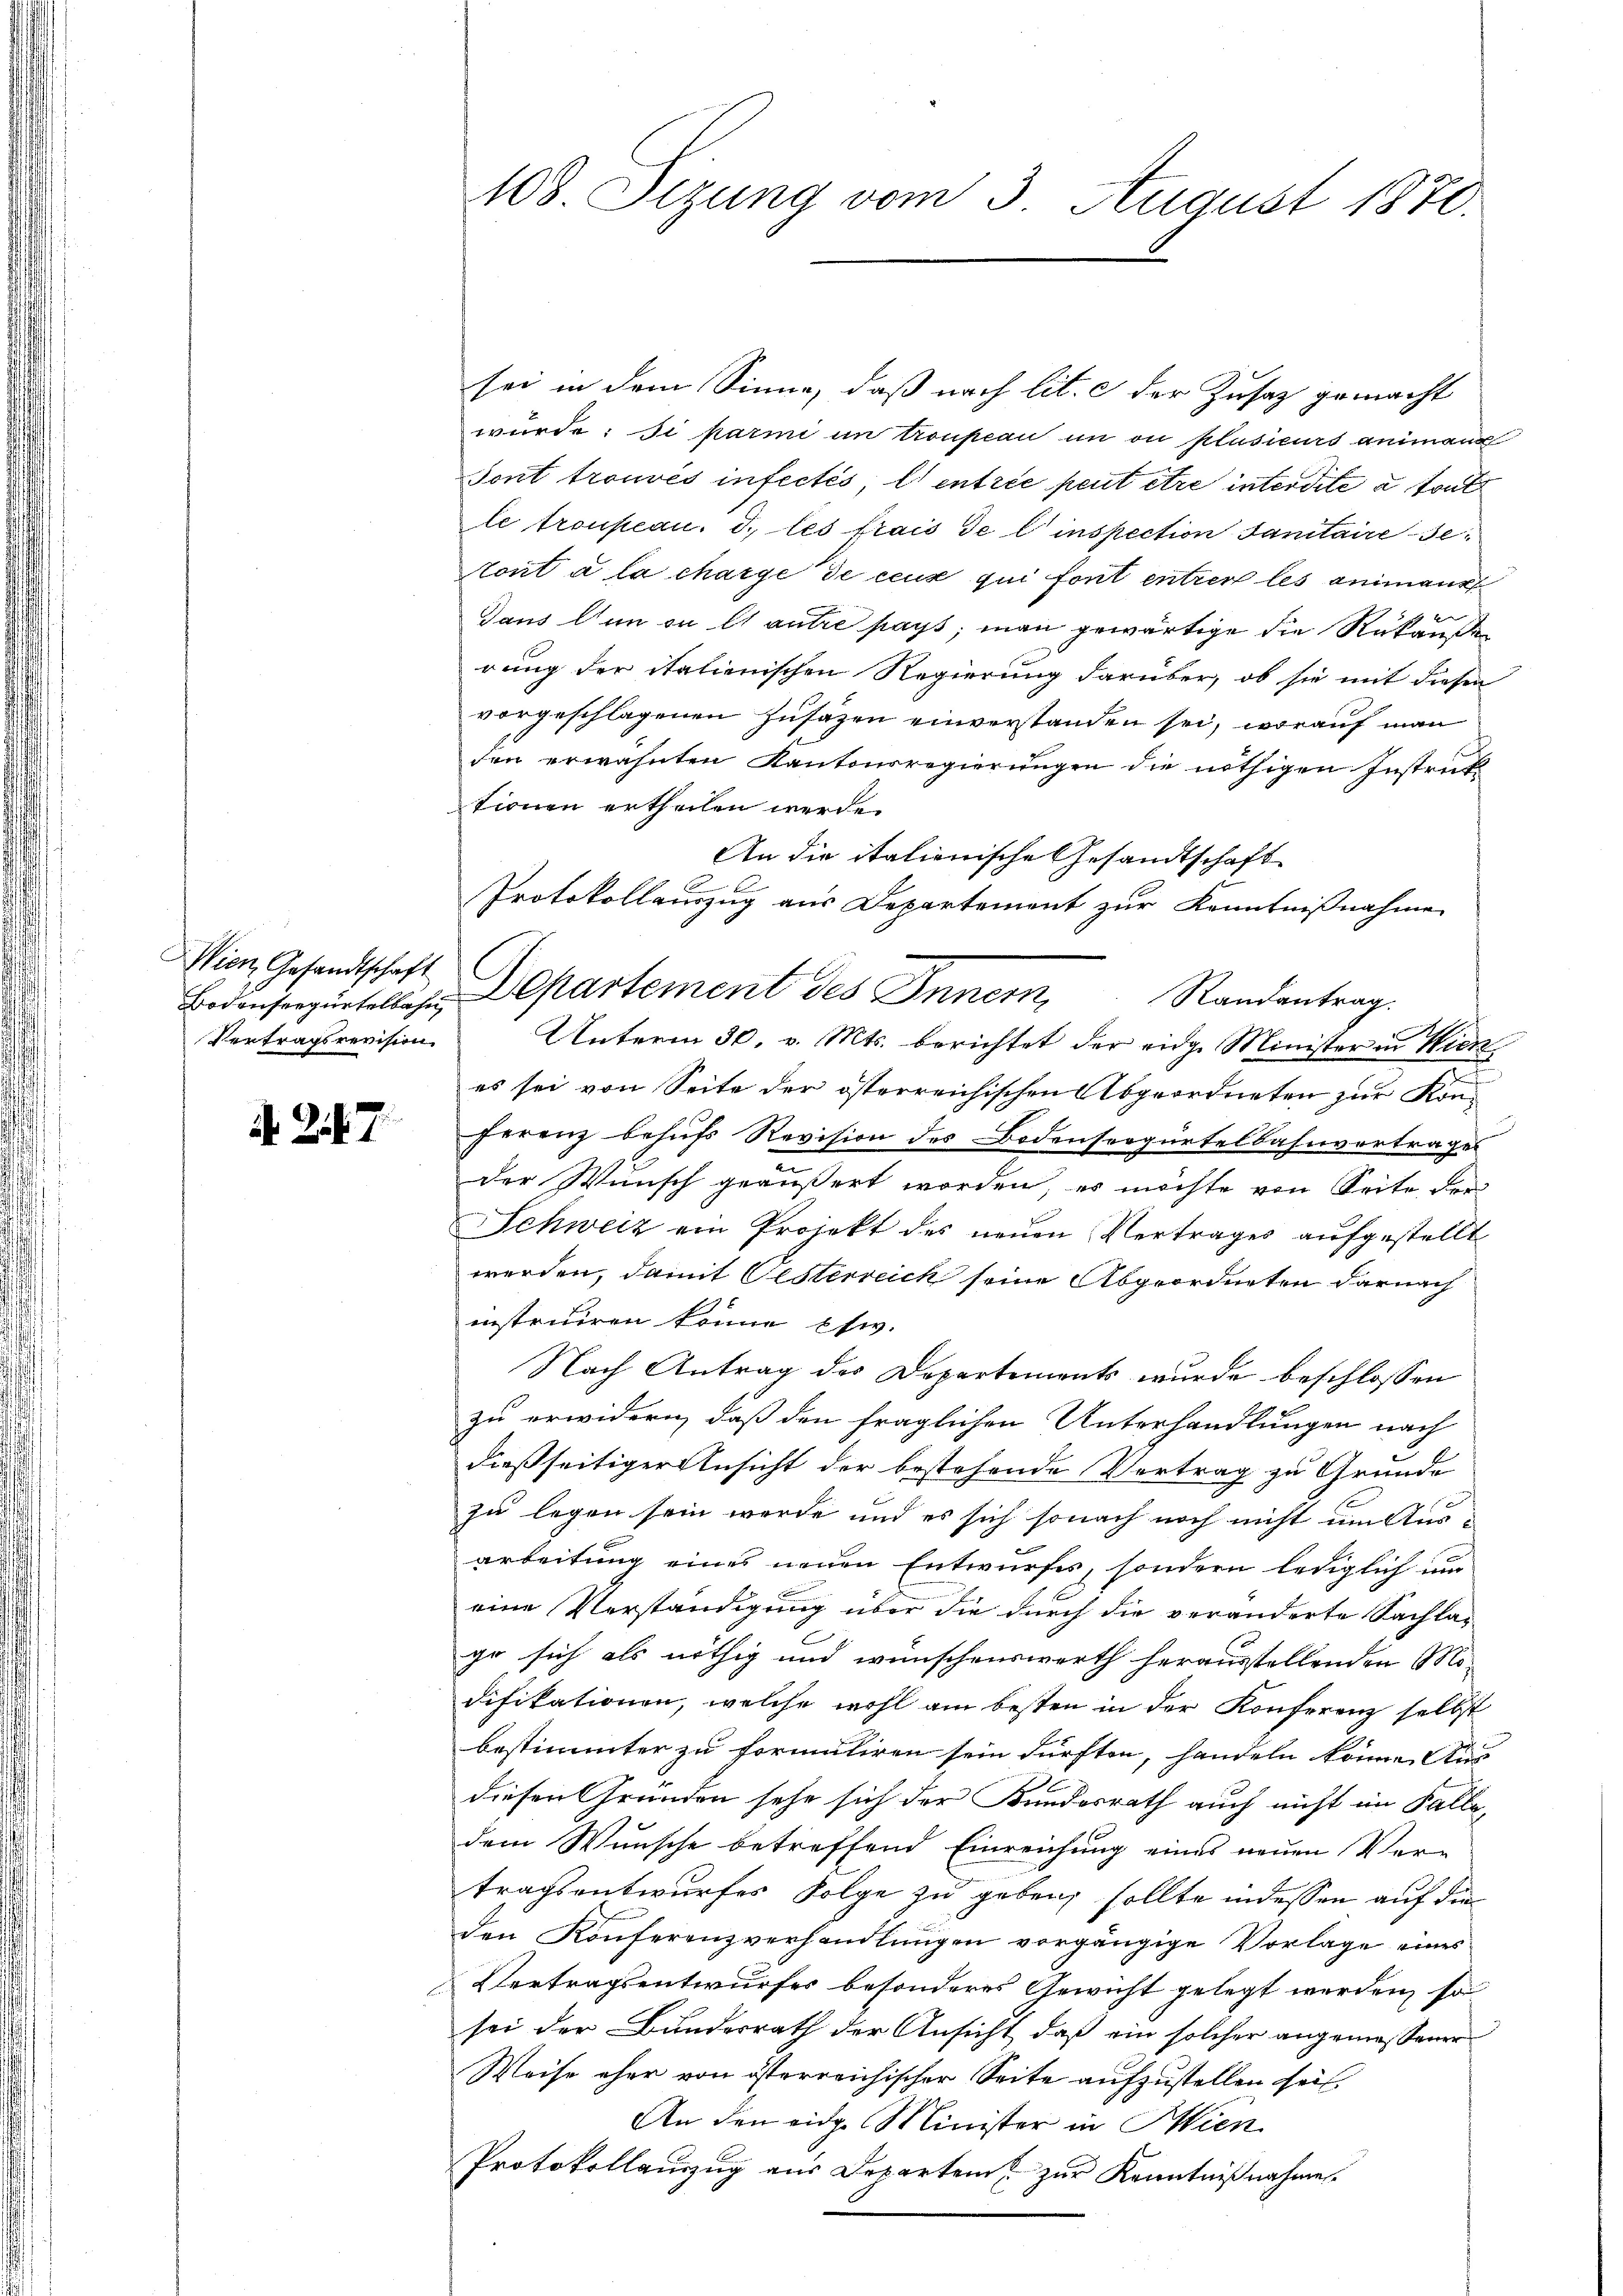
Wien, Gesandtschaft
Bodenseegürtelbahn
Vertragsrevision.

N. 247.

108. Sizung vom 3. August 1870.

sei in dem Sinne, daß nach lit. c der Zusatz gemacht
würde: si parmi in troupeau in ou plusieurs animann
sont trouvés infectés, l) entrie peut être interdite à tout
le troupeau. I., les frais de l'inspection Sanitaire de
tont à la charge de ceux qui fort entrer les animann
Gaus den in es antre pays, man gewärtige die Rukaufen
rung der italienischen Regierung darüber, ob sie mit diesen
vorgeschlagenen Zusazen einverstanden sei, worauf man
den erwähnten Kantonsregierungen die nöthigen Instruk
tionen ertheilen werde.
An die italienische Gesandtschaft
Protokollauszug aus Departement zur Kenntnißnahme
Unterm 30. v. Mts. berichtet der eidge Minister in Wien
es sei von Seite der österreichischen Abgeordneten zur Kon-
ferenz behufs Revision des Bodensergürtelbahnvortrages
e
der Wunsch geäußert worden, es möchte von Seite der
Schweiz ein Projekt des neuen Vertrages aufgestellt
werden, damit Oesterreich seine Abgeordneten darnach
instruiren könne Esw.
Nach Antrag des Departements wurde beschlossen
zu erwidern, daß den fraglichen Unterhandlungen nach
dießseitiger Ansicht der bestehende Vertrag zu Grunde
e
zu legen sein werde und es sich sonach noch nicht um Ausarbeitung eines neuen Entwurfes, sondern lediglich um
eine Verständigung über die durch die veränderte Sachla-
ga sich als nöthig und wünschenswerth herausstellenden Mo-
difikationen, welche wohl am besten in der Konferenz selbst
bestimmter zu formuliren sein dürften, handeln könne Aus
diesen Gründen sehr sich der Kundesrath auch nicht im Falle,
dem Wunsche betreffend Einreichung eines neuen Ver-
tragsentwurfes Folge zu geben, sollte indessen auf die
den Konferenzverhandlungen vorgängige Vorlage eines
Vertragsentwurfes besonderes Gewicht gelegt werden, so
sei der Bundesrath der Ansicht, daß ein solcher angemessener
Weise eher von österreichischer Seite aufzustellen sei.
An den eidg. Minister in Hien
Protokollauszug aus Departem zur Kenntnißnahme

Departement des Inner, Randantrag.